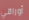
أوراقي